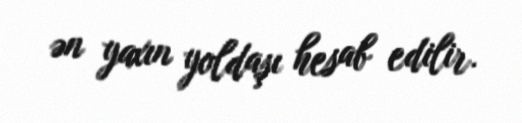
ən yaxın yoldaşı hesab edilir.